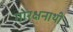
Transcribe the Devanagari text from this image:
गोरक्षनाथी